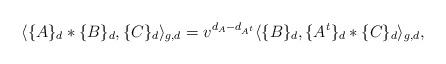
LaTeX: \begin{align*}\langle \{A\}_d * \{B\}_d, \{C\}_d \rangle_{g,d} = v^{d_A - d_{A^t}} \langle \{B\}_d, \{A^t\}_d * \{C\}_d \rangle_{g,d},\end{align*}